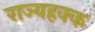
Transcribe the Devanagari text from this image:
राज्यहक्क